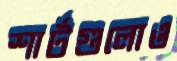
শার্টগুলোও